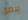
يبصق